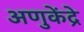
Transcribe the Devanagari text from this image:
अणुकेंद्रे